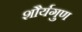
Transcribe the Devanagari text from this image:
शौर्यगुण